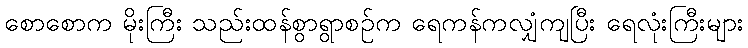
စောစောက မိုးကြီး သည်းထန်စွာရွာစဉ်က ရေကန်ကလျှံကျပြီး ရေလုံးကြီးများ